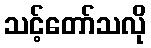
သင့်တော်သလို